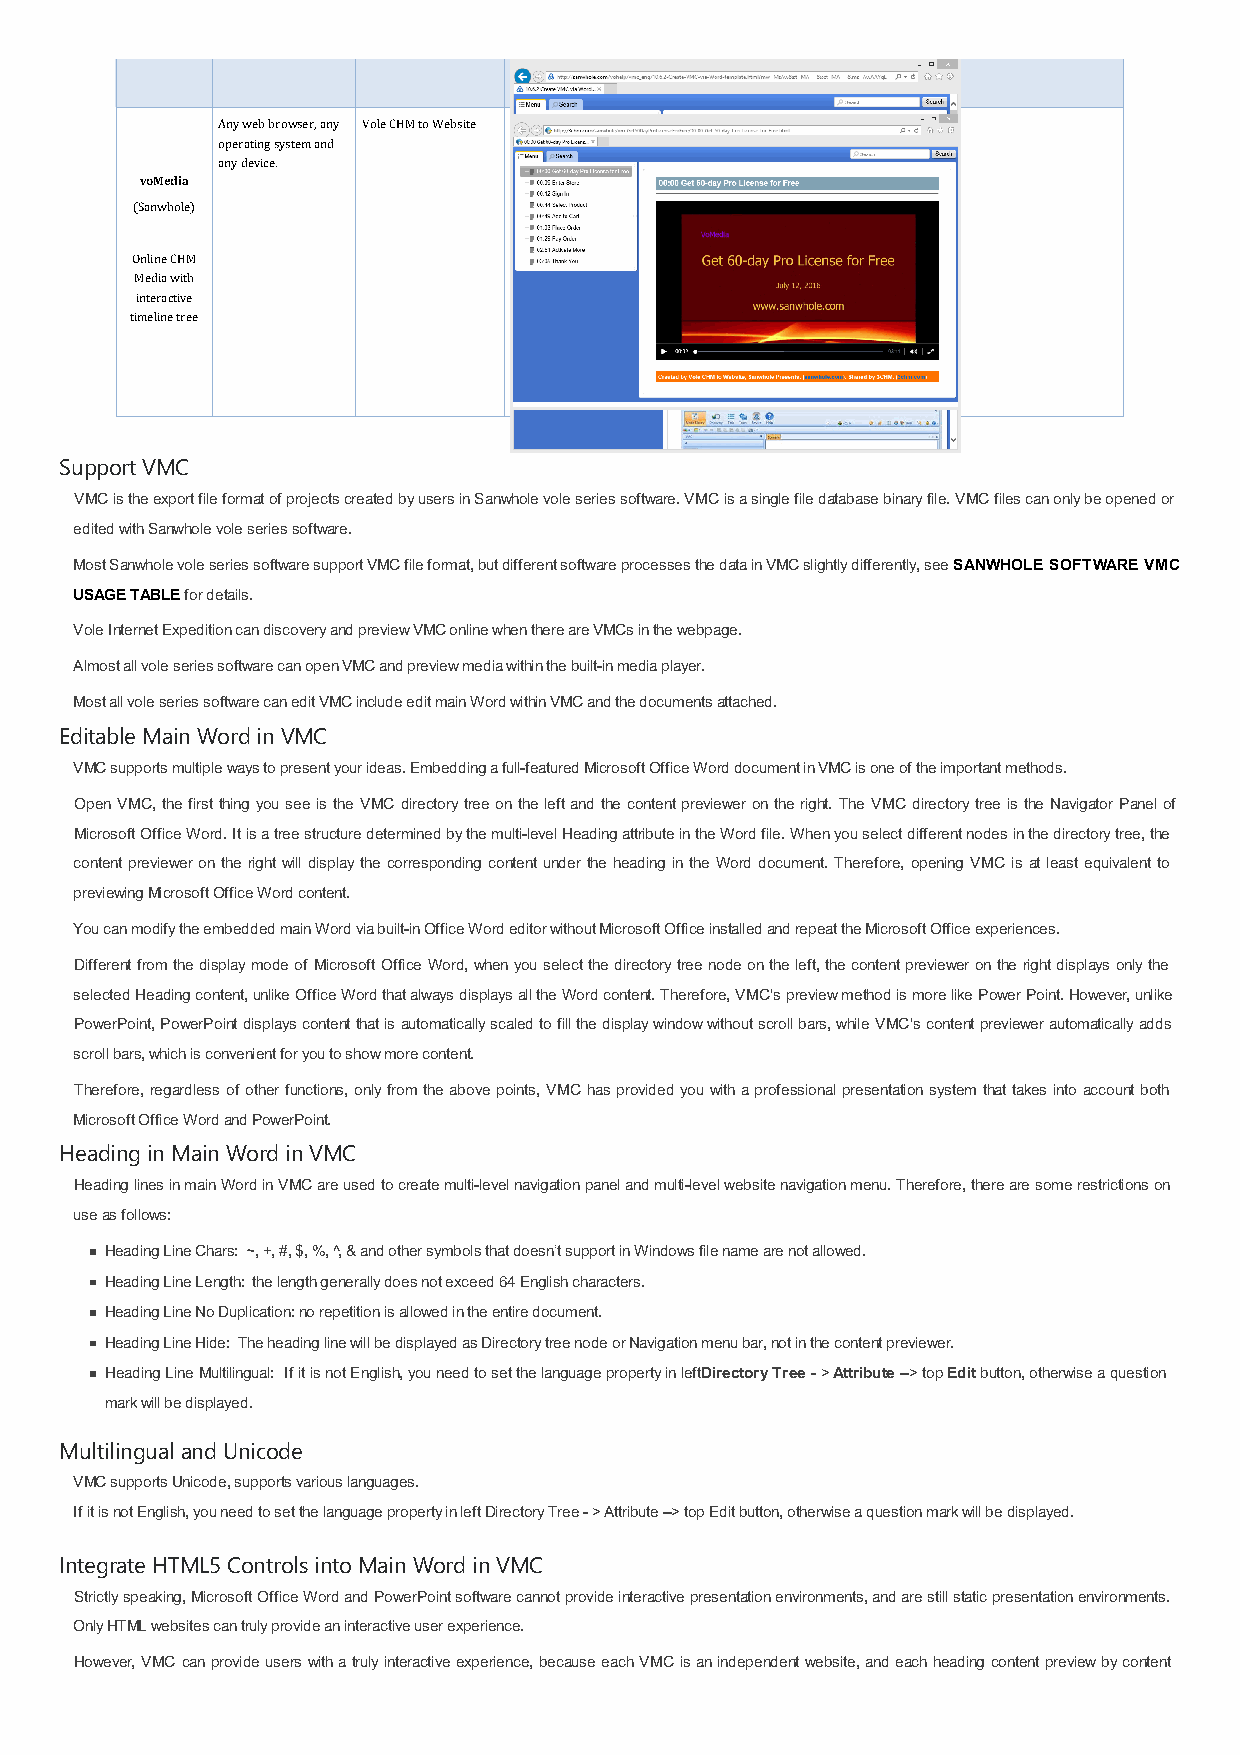
Any web browser, any Vole CHM to Website
 operating system and
 any device.
 voMedia
 (Sanwhole)
 Online CHM
 Media with
 interactive
 timeline tree
 Support VMC
 VMC is the export file format of projects created by users in Sanwhole vole series software. VMC is a single file database binary file. VMC files can only be opened or
 edited with Sanwhole vole series software.
 Most Sanwhole vole series software support VMC file format, but different software processes the data in VMC slightly differently, see SANWHOLE SOFTWARE VMC
 USAGE TABLE for details.
 Vole Internet Expedition can discovery and preview VMC online when there are VMCs in the webpage.
 Almost all vole series software can open VMC and preview media within the built-in media player.
 Most all vole series software can edit VMC include edit main Word within VMC and the documents attached.
 Editable Main Word in VMC
 VMC supports multiple ways to present your ideas. Embedding a full-featured Microsoft Office Word document in VMC is one of the important methods.
 Open VMC, the first thing you see is the VMC directory tree on the left and the content previewer on the right. The VMC directory tree is the Navigator Panel of
 Microsoft Office Word. It is a tree structure determined by the multi-level Heading attribute in the Word file. When you select different nodes in the directory tree, the
 content previewer on the right will display the corresponding content under the heading in the Word document. Therefore, opening VMC is at least equivalent to
 previewing Microsoft Office Word content.
 You can modify the embedded main Word via built-in Office Word editor without Microsoft Office installed and repeat the Microsoft Office experiences.
 Different from the display mode of Microsoft Office Word, when you select the directory tree node on the left, the content previewer on the right displays only the
 selected Heading content, unlike Office Word that always displays all the Word content. Therefore, VMC's preview method is more like Power Point. However, unlike
 PowerPoint, PowerPoint displays content that is automatically scaled to fill the display window without scroll bars, while VMC's content previewer automatically adds
 scroll bars, which is convenient for you to show more content.
 Therefore, regardless of other functions, only from the above points, VMC has provided you with a professional presentation system that takes into account both
 Microsoft Office Word and PowerPoint.
 Heading in Main Word in VMC
 Heading lines in main Word in VMC are used to create multi-level navigation panel and multi-level website navigation menu. Therefore, there are some restrictions on
 use as follows:
 Heading Line Chars: ~, +, #, $, %, ^, & and other symbols that doesn’t support in Windows file name are not allowed.
 Heading Line Length: the length generally does not exceed 64 English characters.
 Heading Line No Duplication: no repetition is allowed in the entire document.
 Heading Line Hide: The heading line will be displayed as Directory tree node or Navigation menu bar, not in the content previewer.
 Heading Line Multilingual: If it is not English, you need to set the language property in left Directory Tree - > Attribute –> top Edit button, otherwise a question
 mark will be displayed.
 Multilingual and Unicode
 VMC supports Unicode, supports various languages.
 If it is not English, you need to set the language property in left Directory Tree - > Attribute –> top Edit button, otherwise a question mark will be displayed.
 Integrate HTML5 Controls into Main Word in VMC
 Strictly speaking, Microsoft Office Word and PowerPoint software cannot provide interactive presentation environments, and are still static presentation environments.
 Only HTML websites can truly provide an interactive user experience.
 However, VMC can provide users with a truly interactive experience, because each VMC is an independent website, and each heading content preview by content